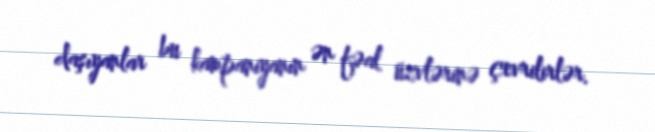
daşıyanlar bu kampaniyanın ən fəal üzvlərinə çevrilirlər.